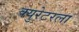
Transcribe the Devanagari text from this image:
क्युरेटरला